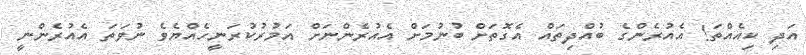
އަދި ކިއެއްތަ! އެއުރެންގެ ބުއްދިތައް އެގޮތަށް ބުނުމަށް އެއުރެންނަށް އަމުރުކުރަނީހެއްޔެވެ ނުވަތަ އެއުރެންނީ